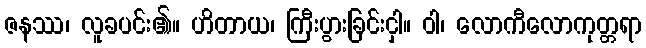
ဇနဿ၊ လူခပင်း၏။ ဟိတာယ၊ ကြီးပွားခြင်းငှါ။ ဝါ၊ လောကီလောကုတ္တရာ